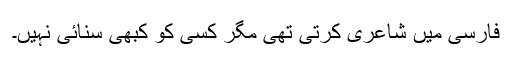
فارسی میں شاعری کرتی تھی مگر کسی کو کبھی سنائی نہیں۔